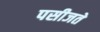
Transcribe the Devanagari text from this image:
पसीजते